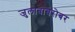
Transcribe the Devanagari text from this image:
जुलाबाबरोबर